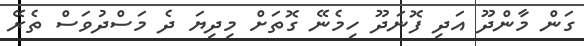
ގަން މާންދޫ އަދި ފޮނަދޫ ހިމެނޭ ގޮތަށް މިދިޔަ ދެ މަސްދުވަސް ތެރޭ